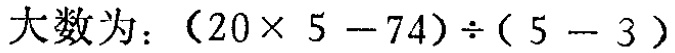
大数为：\((20\times 5 - 74)\div(5 - 3)\)